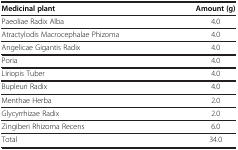
| Medicinal plant | Amount (g) |
 | --- | --- |
 | Paeoliae Radix Alba | 4.0 |
 | Atractylodis Macrocephalae Phizoma | 4.0 |
 | Angelicae Gigantis Radix | 4.0 |
 | Poria | 4.0 |
 | Liriopis Tuber | 4.0 |
 | Bupleuri Radix | 4.0 |
 | Menthae Herba | 2.0 |
 | Glycyrrhizae Radix | 2.0 |
 | Zingiberi Rhizoma Recens | 6.0 |
 | Total | 34.0 |